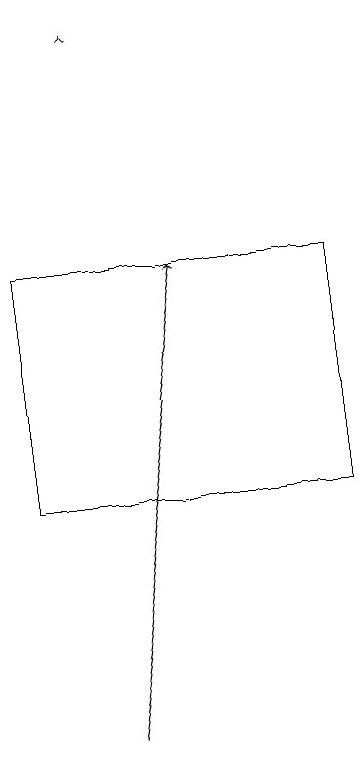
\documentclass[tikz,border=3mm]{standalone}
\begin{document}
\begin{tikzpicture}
\draw (8,13) rectangle (4,16);
\draw[->] (5,19) -- (5,19);
\draw[->] (5,10) -- (6,16);
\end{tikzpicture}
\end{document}